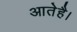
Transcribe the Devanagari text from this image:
आतेहै।